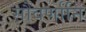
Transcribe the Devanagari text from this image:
सौवर्णानि